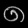
Digit: ၈